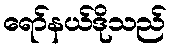
ရော်နယ်ဒိုသည်